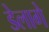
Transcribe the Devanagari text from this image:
डेलागे